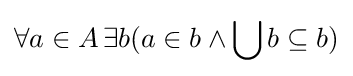
\forall a\in A\,\exists b(a\in b\land \bigcup b\subseteq b)